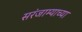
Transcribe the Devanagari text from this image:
सरंजाम्याच्या